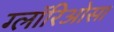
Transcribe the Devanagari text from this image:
ग्लॉरिओसा